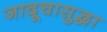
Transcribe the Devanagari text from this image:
जादूचासुद्धा